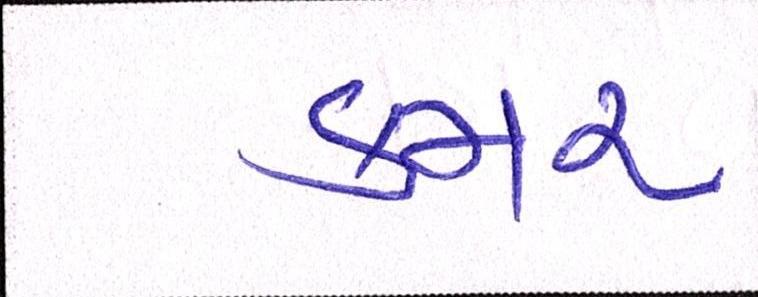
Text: કમર